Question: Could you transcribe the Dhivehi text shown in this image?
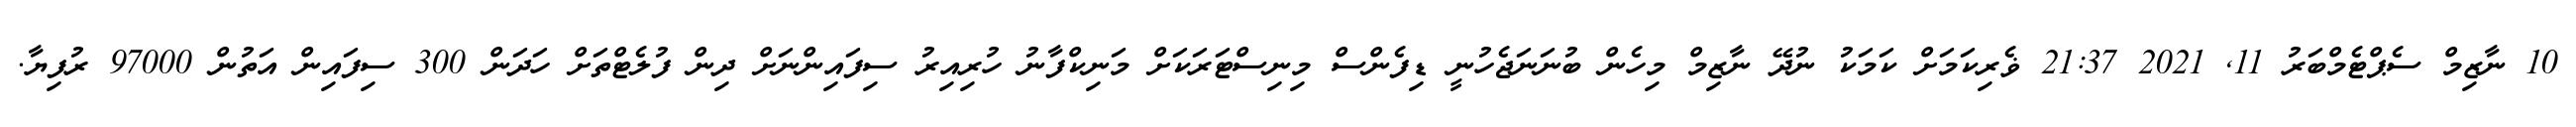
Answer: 10 ނާޒިމް ސެޕްޓެމްބަރު 11, 2021 21:37 ޥެރިކަމަށް ކަމަކު ނުދޭ ނާޒިމް މިހެން ބުނަނަޖެހުނީ ޑިފެންސް މިނިސްޓަރަކަށް މަނިކްފާނު ހުރިއިރު ސިފައިންނަށް ދިން ފުލެޓްތަށް ހަދަން 300 ސިފައިން އަތުން 97000 ރުފިޔާ.